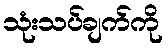
သုံးသပ်ချက်ကို